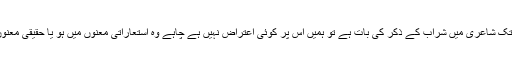
جہاں تک شاعری میں شراب کے ذکر کی بات ہے تو ہمیں اُس پر کوئی اعتراض نہیں ہے چاہے وہ استعاراتی معنوں میں ہو یا حقیقی معنوں میں۔